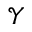
\mathcal { Y }